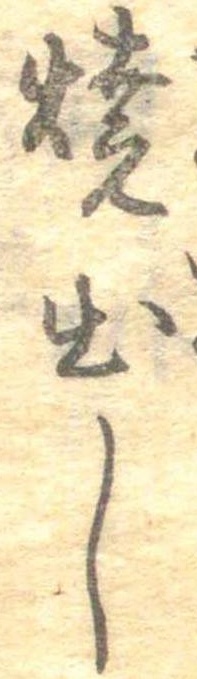
焼出し